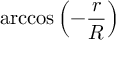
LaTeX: \operatorname { a r c c o s } \left( - { \frac { r } { R } } \right)